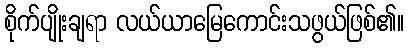
စိုက်ပျိုးချရာ လယ်ယာမြေကောင်းသဖွယ်ဖြစ်၏။